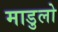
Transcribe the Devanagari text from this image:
माडुलो